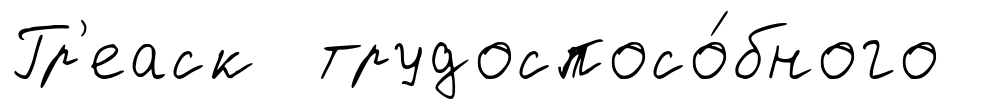
Гр'еаск трудоспосо́бного